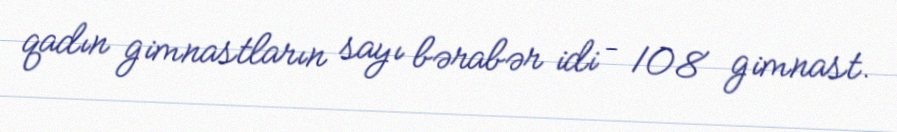
qadın gimnastların sayı bərabər idi – 108 gimnast.